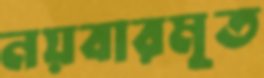
নয়বারমৃত